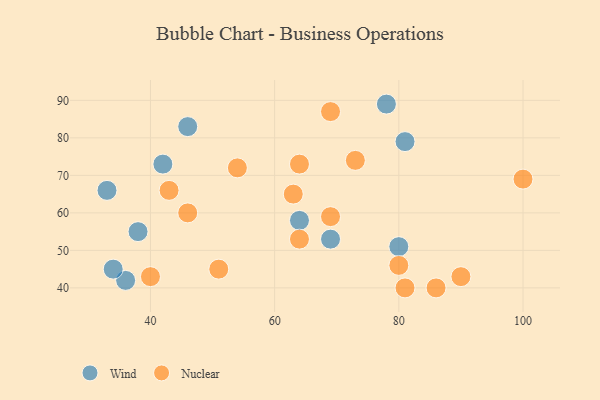
{"axis": {"x": "GDP", "y": "Life Expectancy"}, "legend": ["Nuclear", "Wind"], "data": [{"x": "46", "y": 83, "type": "Wind"}, {"x": "36", "y": 42, "type": "Wind"}, {"x": "80", "y": 51, "type": "Wind"}, {"x": "78", "y": 89, "type": "Wind"}, {"x": "38", "y": 55, "type": "Wind"}, {"x": "69", "y": 53, "type": "Wind"}, {"x": "33", "y": 66, "type": "Wind"}, {"x": "64", "y": 58, "type": "Wind"}, {"x": "42", "y": 73, "type": "Wind"}, {"x": "34", "y": 45, "type": "Wind"}, {"x": "81", "y": 79, "type": "Wind"}, {"x": "51", "y": 45, "type": "Nuclear"}, {"x": "40", "y": 43, "type": "Nuclear"}, {"x": "64", "y": 53, "type": "Nuclear"}, {"x": "69", "y": 87, "type": "Nuclear"}, {"x": "54", "y": 72, "type": "Nuclear"}, {"x": "81", "y": 40, "type": "Nuclear"}, {"x": "86", "y": 40, "type": "Nuclear"}, {"x": "63", "y": 65, "type": "Nuclear"}, {"x": "64", "y": 73, "type": "Nuclear"}, {"x": "80", "y": 46, "type": "Nuclear"}, {"x": "46", "y": 60, "type": "Nuclear"}, {"x": "100", "y": 69, "type": "Nuclear"}, {"x": "73", "y": 74, "type": "Nuclear"}, {"x": "69", "y": 59, "type": "Nuclear"}, {"x": "43", "y": 66, "type": "Nuclear"}, {"x": "90", "y": 43, "type": "Nuclear"}]}